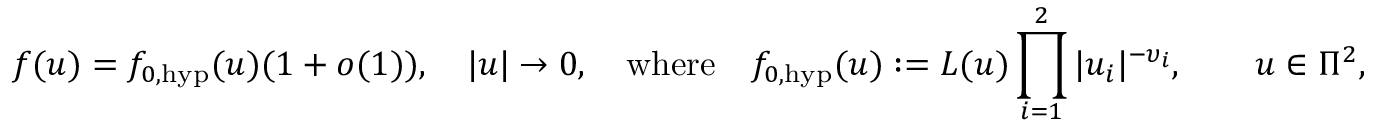
f ( \boldsymbol { u } ) = f _ { 0 , \mathrm { h y p } } ( \boldsymbol { u } ) ( 1 + o ( 1 ) ) , \quad | \boldsymbol { u } | \to 0 , \quad \mathrm { w h e r e } \quad f _ { 0 , \mathrm { h y p } } ( \boldsymbol { u } ) : = L ( \boldsymbol { u } ) \prod _ { i = 1 } ^ { 2 } | u _ { i } | ^ { - \upsilon _ { i } } , \qquad \boldsymbol { u } \in \Pi ^ { 2 } ,